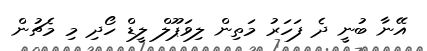
އޭނާ ބުނީ ދެ ފަހަރު މަތިން ލިވަޕޫލް ލީޑް ހޯދި މި މެޗުން